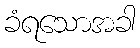
ခံရသောအခါ